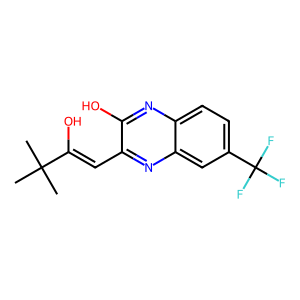
SMILES: CC(C)(C)C(O)=Cc1nc2cc(C(F)(F)F)ccc2nc1O
Inhibits HIV replication: No